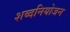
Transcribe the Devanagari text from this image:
शब्दनियोजन